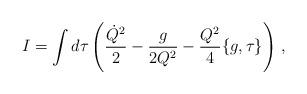
LaTeX: \begin{align*}I = \int d\tau \left(\frac{\dot{Q}^2}{2} - \frac{g}{2Q^2} - \frac{Q^2}{4}\{g,\tau\}\right)\,, \end{align*}